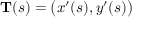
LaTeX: \mathbf { T } ( s ) = { \bigl ( } x ^ { \prime } ( s ) , y ^ { \prime } ( s ) { \bigr ) }